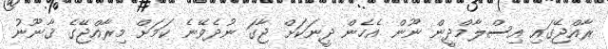
ރާއްޖޭގައި އިސްލާމްދީން ނޫން އެހެން ދީނަކަށް ޖާގަ ނުދެވޭނެ ކަމަށް މިރާއްޖޭގެ ޤާނޫނު